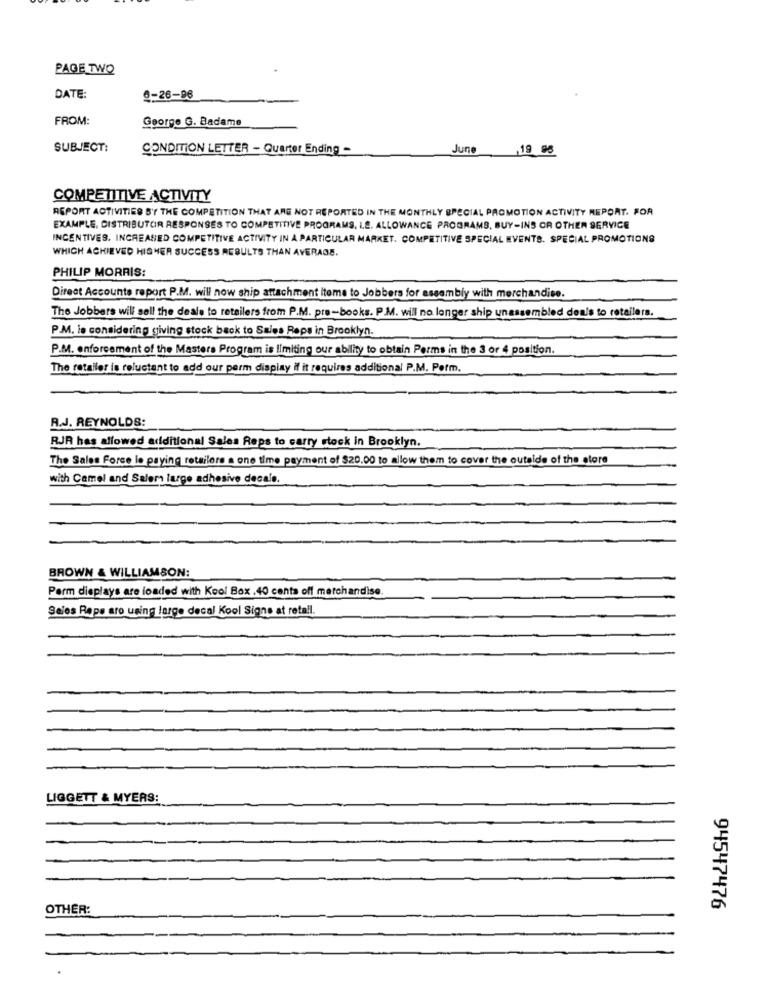
PAGE TWO
DATE:
8-26-96
FROM:
George G. Badame
SUBJECT:
CONDITION LETTER - Quarter Ending -
June
.19 95
COMPETITIVE ACTIVITY
REPORT ACTIVITIES S'Y THE COMPETITION THAT ARE NOT REPORTED IN THE MONTHLY SPECIAL PROMOTION ACTIVITY REPORT. FOR
EXAMPLE, DISTRIBUTOR RESPONSES TO COMPETITIVE PROGRAMS, L.S. ALLOWANCE PROGRAMS, BUY-INS OR OTHER SERVICE
INCENTIVES. INCREASED COMPETITIVE ACTIVITY IN A PARTICULAR MARKET. COMPETITIVE SPECIAL EVENTS. SPECIAL PROMOTIONS
WHICH ACHIEVED HIGHER SUCCESS RESULTS THAN AVERAGE.
PHILIP MORRIS:
Direct Accounts report P.M. will now ship attachment items to Jobbers for assembly with merchandise.
The Jobbers will sell the deale to retailers from P.M. pre-books. P.M. will no longer ship unassembled deals to retailers.
P.M. le considering giving stock back to Sales Reps in Brooklyn.
P.M. enforcement of the Masters Program is limiting our ability to obtain Perms in the 3 or 4 position.
The retailer is reluctant to add our perm display if it requires additional P.M. Perm.
A.J. REYNOLDS:
RJR has allowed additional Sales Reps to carry stock in Brooklyn.
The Sales Force le paying retailere a one time payment of $20.00 to allow them to cover the outside of the store
with Camel and Salem largo adhesive decale.
BROWN & WILLIAMSON:
Perm displays are loaded with Kool Box .40 centa off merchandise.
Sales Repe aro using large decal Kool Signs at retail.
LIGGETT & MYERS:
OTHER:
94547476